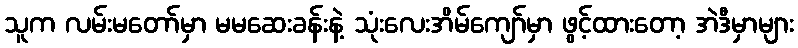
သူက လမ်းမတော်မှာ မမဆေးခန်းနဲ့ သုံးလေးအိမ်ကျော်မှာ ဖွင့်ထားတော့ အဲဒီမှာများ